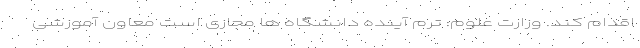
اقدام کند. وزارت علوم: ترم آینده دانشگاه ها مجازی است معاون آموزشی